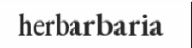
herbarbaria